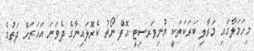
މިހަމަލާގައި މަރާލި ބަރަކަތަކީ ޔުނިވަރސިޓީ އޮފް ނޯތު ކެރޮލައިނާގެ ދެވަނަ އަހަރަށް ދަތުގެ